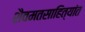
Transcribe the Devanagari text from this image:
शैवमतसाहित्यांत